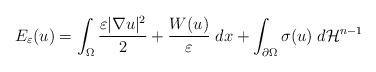
LaTeX: \begin{align*} E_{\varepsilon}(u) = \int_{\Omega} \dfrac{\varepsilon|\nabla u|^2}{2} + \dfrac{W(u)}{\varepsilon} \; dx + \int_{\partial \Omega} \sigma(u) \; d\mathcal{H}^{n-1} \end{align*}